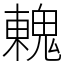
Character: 䰤